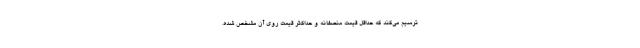
ترسیم می‌کند که حداقل قیمت منصفانه و حداکثر قیمت روی آن مشخص شده.